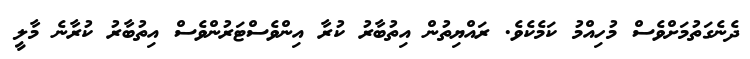
ދެނެގަތުމަށްވެސް މުހިއްމު ކަމެކެވެ. ރައްޔިތުން އިތުބާރު ކުރާ އިންވެސްޓަރުންވެސް އިތުބާރު ކުރާނެ މާލީ